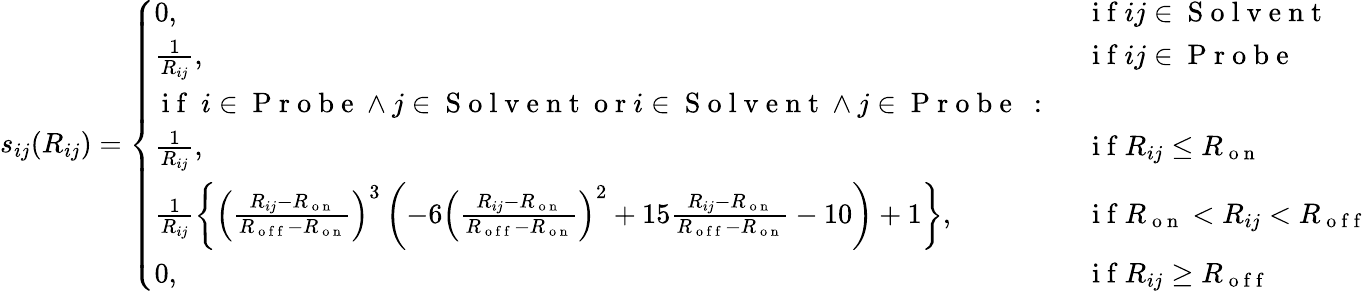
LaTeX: s_{ij}(R_{ij})=\left\{ \begin{array}{ll}{0,}&{\mathrm{~i~f~}ij\in\mathrm{~S~o~l~v~e~n~t~}}\\ {\frac{1}{R_{ij}},}&{\mathrm{~i~f~}ij\in\mathrm{~P~r~o~b~e~}}\\ {\mathrm{~i~f~}~i\in\mathrm{~P~r~o~b~e~}\wedge j\in\mathrm{~S~o~l~v~e~n~t~}\mathrm{~o~r~}i\in\mathrm{~S~o~l~v~e~n~t~}\wedge j\in\mathrm{~P~r~o~b~e~}\mathrm{~:~}}&{}\\ {\frac{1}{R_{ij}},}&{\mathrm{~i~f~}R_{ij}\leq R_{\mathrm{~o~n~}}}\\ {\frac{1}{R_{ij}}\left\{ \left(\frac{R_{ij}-R_{\mathrm{~o~n~}}}{R_{\mathrm{~o~f~f~}}-R_{\mathrm{~o~n~}}}\right)^{3}\left(-6\left(\frac{R_{ij}-R_{\mathrm{~o~n~}}}{R_{\mathrm{~o~f~f~}}-R_{\mathrm{~o~n~}}}\right)^{2}+15\frac{R_{ij}-R_{\mathrm{~o~n~}}}{R_{\mathrm{~o~f~f~}}-R_{\mathrm{~o~n~}}}-10\right)+1\right\} ,}&{\mathrm{~i~f~}R_{\mathrm{~o~n~}}<R_{ij}<R_{\mathrm{~o~f~f~}}}\\ {0,\ }&{\mathrm{~i~f~}R_{ij}\geq R_{\mathrm{~o~f~f~}}}\end{array}\right.